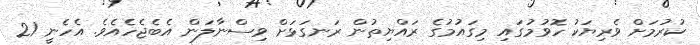
ކުރުމަށް ވެރިޔަކު ހޮވުމުގައި މިގައުމުގެ ރައްޔިތުން ރަނގަޅަށް ވިސްނާލަން އެބެޖެހެއެވެ. އެހެނީ 21